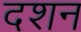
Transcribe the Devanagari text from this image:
दशन